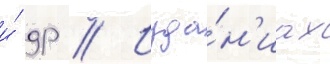
и́ др // Изда́н'иах